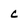
Character: c